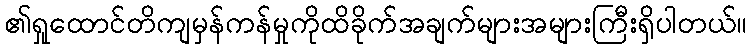
၏ရှုထောင်တိကျမှန်ကန်မှုကိုထိခိုက်အချက်များအများကြီးရှိပါတယ်။